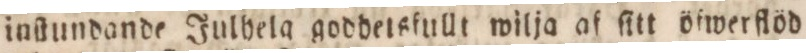
inſtundande Julhela goddetsfullt wilja af ſitt öfwer flöd